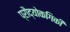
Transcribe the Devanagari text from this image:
प्रौद्योकगिकी